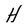
Character: H